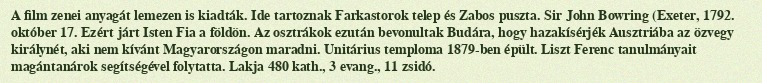
A film zenei anyagát lemezen is kiadták. Ide tartoznak Farkastorok telep és Zabos puszta. Sir John Bowring (Exeter, 1792. október 17. Ezért járt Isten Fia a földön. Az osztrákok ezután bevonultak Budára, hogy hazakísérjék Ausztriába az özvegy királynét, aki nem kívánt Magyarországon maradni. Unitárius temploma 1879-ben épült. Liszt Ferenc tanulmányait magántanárok segítségével folytatta. Lakja 480 kath., 3 evang., 11 zsidó.